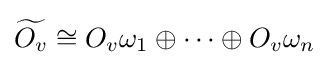
{\widetilde {O_{v}}}\cong O_{v}\omega _{1}\oplus \cdots \oplus O_{v}\omega _{n}